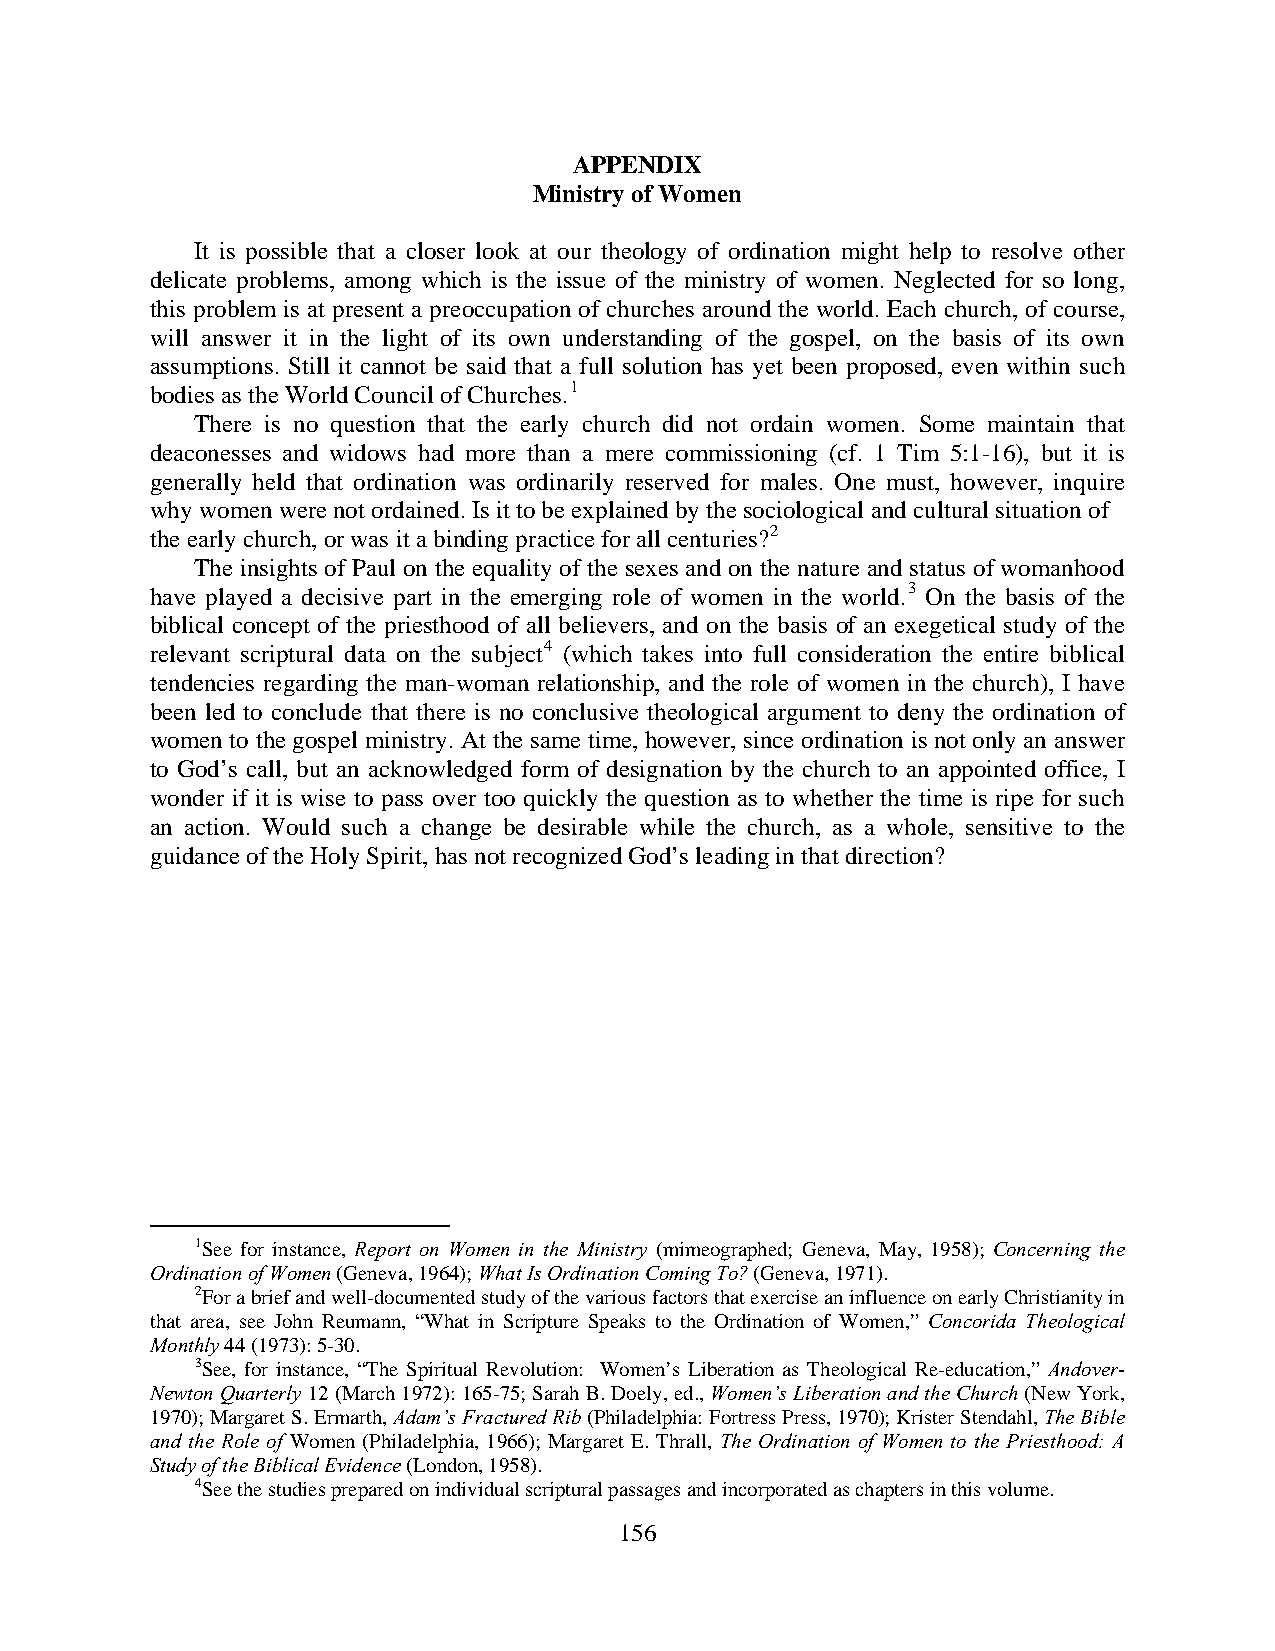
APPENDIX
 Ministry of Women
 It is possible that a closer look at our theology of ordination might help to resolve other
 delicate problems, among which is the issue of the ministry of women. Neglected for so long,
 this problem is at present a preoccupation of churches around the world. Each church, of course,
 will answer it in the light of its own understanding of the gospel, on the basis of its own
 assumptions. Still it cannot be said that a full solution has yet been proposed, even within such
 bodies as the World Council of Churches.1
 There is no question that the early church did not ordain women. Some maintain that
 deaconesses and widows had more than a mere commissioning (cf. 1 Tim 5:1-16), but it is
 generally held that ordination was ordinarily reserved for males. One must, however, inquire
 why women were not ordained. Is it to be explained by the sociological and cultural situation of
 the early church, or was it a binding practice for all centuries?2
 The insights of Paul on the equality of the sexes and on the nature and status of womanhood
 have played a decisive part in the emerging role of women in the world.3 On the basis of the
 biblical concept of the priesthood of all believers, and on the basis of an exegetical study of the
 relevant scriptural data on the subject4 (which takes into full consideration the entire biblical
 tendencies regarding the man-woman relationship, and the role of women in the church), I have
 been led to conclude that there is no conclusive theological argument to deny the ordination of
 women to the gospel ministry. At the same time, however, since ordination is not only an answer
 to God’s call, but an acknowledged form of designation by the church to an appointed office, I
 wonder if it is wise to pass over too quickly the question as to whether the time is ripe for such
 an action. Would such a change be desirable while the church, as a whole, sensitive to the
 guidance of the Holy Spirit, has not recognized God’s leading in that direction?
 1See for instance, Report on Women in the Ministry (mimeographed; Geneva, May, 1958); Concerning the
 Ordination of Women (Geneva, 1964); What Is Ordination Coming To? (Geneva, 1971).
 2For a brief and well-documented study of the various factors that exercise an influence on early Christianity in
 that area, see John Reumann, “What in Scripture Speaks to the Ordination of Women,” Concorida Theological
 Monthly 44 (1973): 5-30.
 3See, for instance, “The Spiritual Revolution: Women’s Liberation as Theological Re-education,” Andover-
 Newton Quarterly 12 (March 1972): 165-75; Sarah B. Doely, ed., Women’s Liberation and the Church (New York,
 1970); Margaret S. Ermarth, Adam’s Fractured Rib (Philadelphia: Fortress Press, 1970); Krister Stendahl, The Bible
 and the Role of Women (Philadelphia, 1966); Margaret E. Thrall, The Ordination of Women to the Priesthood: A
 Study of the Biblical Evidence (London, 1958).
 4See the studies prepared on individual scriptural passages and incorporated as chapters in this volume.
 156